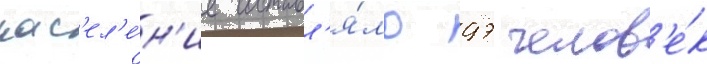
нас'ел'е́н'ие составл'я́ло 97 челов'е́к